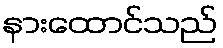
နားထောင်သည်